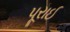
પૂરાઈ